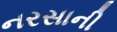
નરસાની